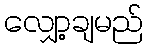
လျှော့ချမည်